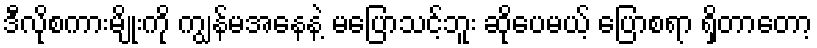
ဒီလိုစကားမျိုးကို ကျွန်မအနေနဲ့ မပြောသင့်ဘူး ဆိုပေမယ့် ပြောစရာ ရှိတာတော့